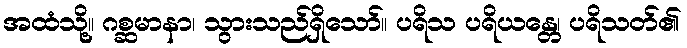
အထံသို့။ ဂစ္ဆမာနာ၊ သွားသည်ရှိသော်။ ပရိသ ပရိယန္တေ၊ ပရိသတ်၏